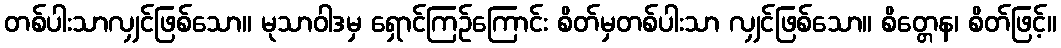
တစ်ပါးသာလျှင်ဖြစ်သော။ မုသာဝါဒမှ ရှောင်ကြဉ်ကြောင်း စိတ်မှတစ်ပါးသာ လျှင်ဖြစ်သော။ စိတ္တေန၊ စိတ်ဖြင့်။